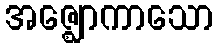
အဇ္ဈောကာသော